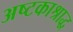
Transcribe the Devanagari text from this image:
अष्टकाश्राद्ध